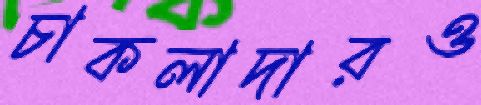
চাকলাদারও